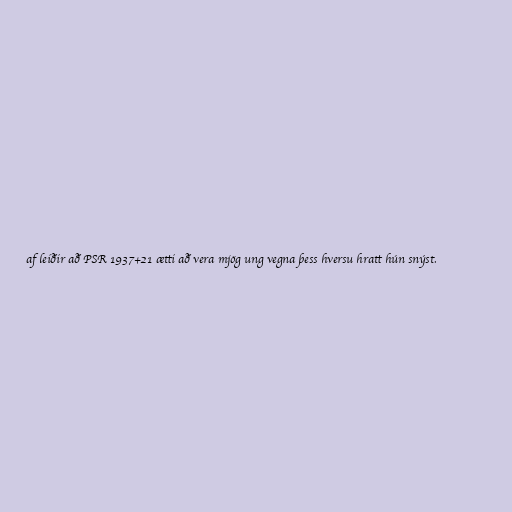
af leiðir að PSR 1937+21 ætti að vera mjög ung vegna þess hversu hratt hún snýst.